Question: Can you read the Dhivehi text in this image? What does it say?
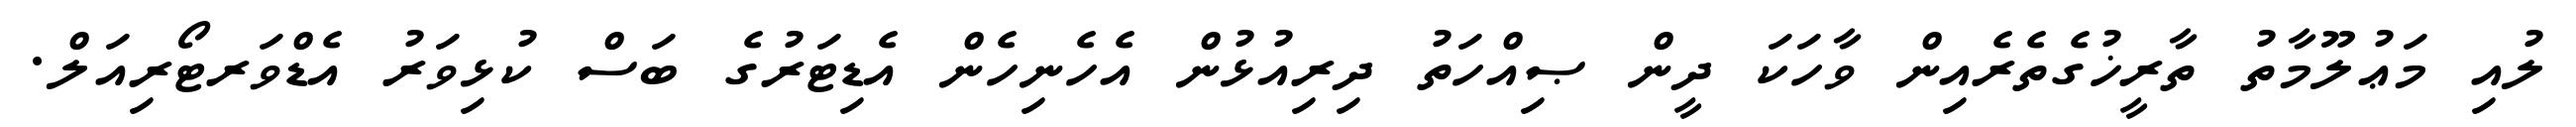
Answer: ލުއި މަޢުލޫމާތު ތާރީޚުގެތެރެއިން ވާހަކަ ދީން ޞިއްހަތު ދިރިއުޅުން އެހެނިހެން އެޑިޓަރުގެ ބަސް ކުޅިވަރު އެޑްވަރޓޯރިއަލް.